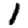
Digit: 1